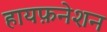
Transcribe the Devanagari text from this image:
हायफ़नेशन